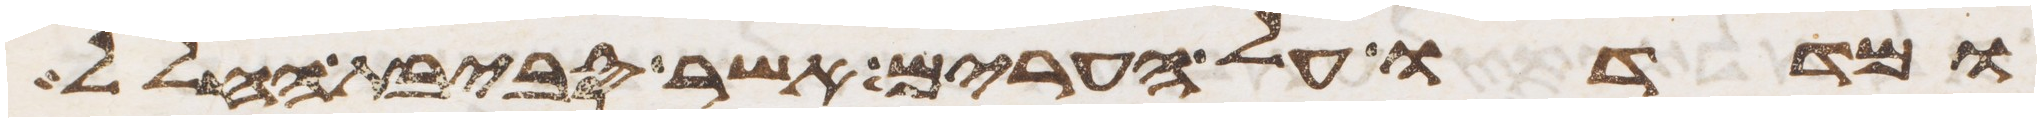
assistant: ומדדו על הערים אשר סביבת החלל